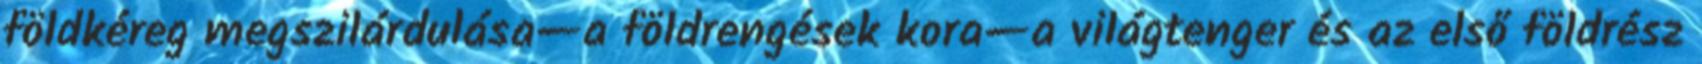
földkéreg megszilárdulása—a földrengések kora—a világtenger és az első földrész